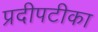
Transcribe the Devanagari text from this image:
प्रदीपटीका